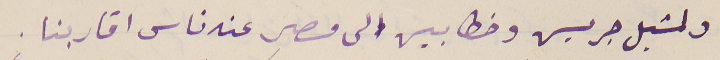
ولشبل جريس وخطابين الى مصر عند ناس اقاربنا.